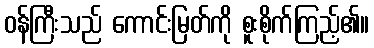
ဝန်ကြီးသည် ကောင်းမြတ်ကို စူးစိုက်ကြည့်၏။